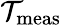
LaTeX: \mathcal{T}_{\mathrm{meas}}